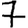
Digit: 7